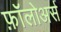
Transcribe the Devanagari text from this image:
फ़ॉलोअर्स